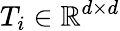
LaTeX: T_{i}\in\mathbb{R}^{d\times d}